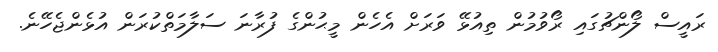
ރައީސް ލޯންޗުގައި ރޯވުމުން ތިއުޅޭ ވަރަށް އެހެން މީޙުންގެ ފުރާނަ ސަލާމަތްކުރަން އުޅެންޖެހޭނެ.